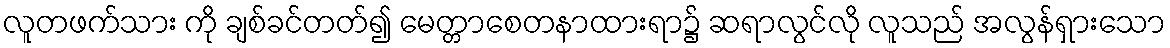
လူတဖက်သား ကို ချစ်ခင်တတ်၍ မေတ္တာစေတနာထားရာ၌ ဆရာလွင်လို လူသည် အလွန်ရှားသော